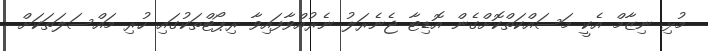
މުޅި ނިޒާމް އެކީ މަސައްކަތްކޮށްގެން އޮޑިޓާ ޖެނެރަލު ނެރުއްވާފައިވާ ރިޕޯޓްތަކުގައި ހުރި މައްސަލަތަކަށް